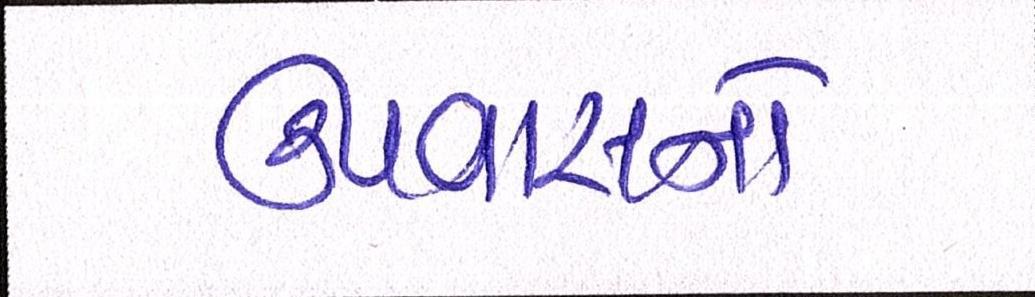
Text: ઉપવાસનો